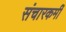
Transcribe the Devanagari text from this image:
संचारकर्मी